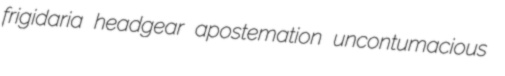
frigidaria headgear apostemation uncontumacious